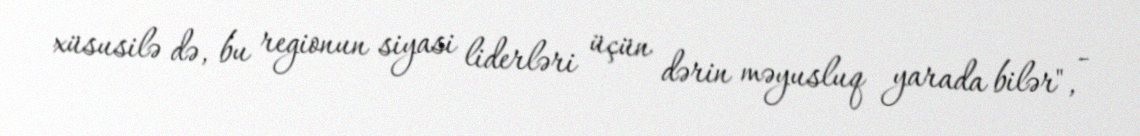
xüsusilə də, bu regionun siyasi liderləri üçün dərin məyusluq yarada bilər", -